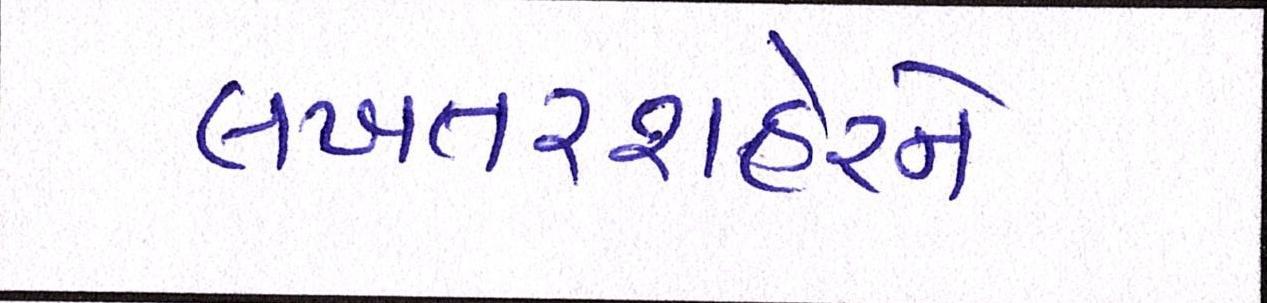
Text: લખતરશહેરને